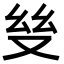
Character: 𢆼